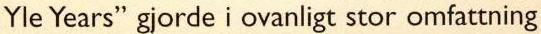
Yle Years" gjorde i ovanligt stor omfattning